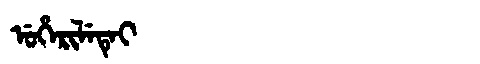
Manchu: ᡠᡥᡝᡵᡳᠯᡝᡨᡝᡳ
Romanization: UHERILETEI